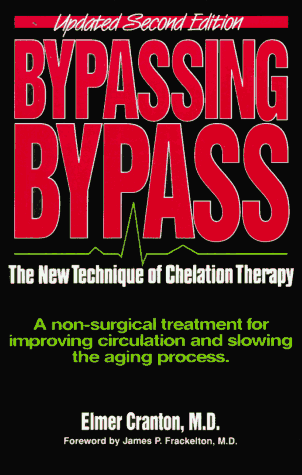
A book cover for Bypassing Bypass: The New Technique of Chelation Therapy; Elmer Cranton; Health, Fitness & Dieting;